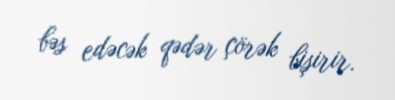
bəs edəcək qədər çörək bişirir.